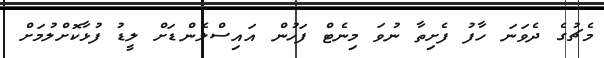
މެޗުގެ ދެވަނަ ހާފު ފެށިތާ ނުވަ މިނެޓް ފަހުން އައިސްލެންޑަށް ލީޑު ފުޅާކޮށްލުމަށް